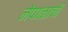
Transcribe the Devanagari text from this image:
नेपाळाची